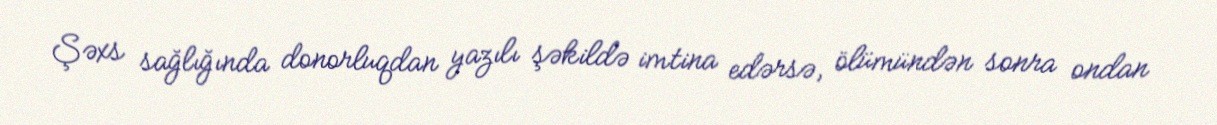
Şəxs sağlığında donorluqdan yazılı şəkildə imtina edərsə, ölümündən sonra ondan